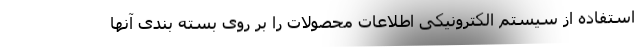
استفاده از سیستم الکترونیکی اطلاعات محصولات را بر روی بسته بندی آنها